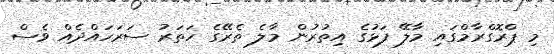
މި ޕްރޮގްރާމްގައި މާލޭ ފަޅުގެ އިތުރުން މާލެ ތެރޭގެ ހަތަރު ސަރަހައްދެއް ވެސް